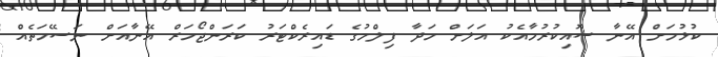
ކުޅުމަށް އޭނާ ސޮއިކުރުމާއެކު އަލަށް ހަދާ ފިލްމުގެ ޑައިރެކްޓަރު ކަރަންޖޯހަރް އޭނާއަށް ނަސޭހަތެއް